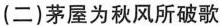
(二)茅屋为秋风所破歌